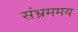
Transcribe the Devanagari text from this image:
संभ्रममय